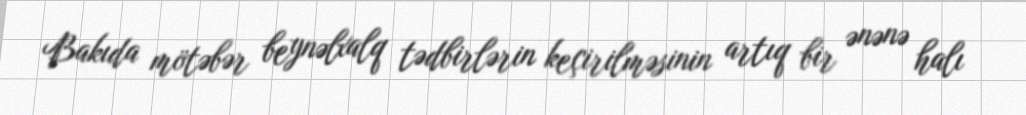
Bakıda mötəbər beynəlxalq tədbirlərin keçirilməsinin artıq bir ənənə halı